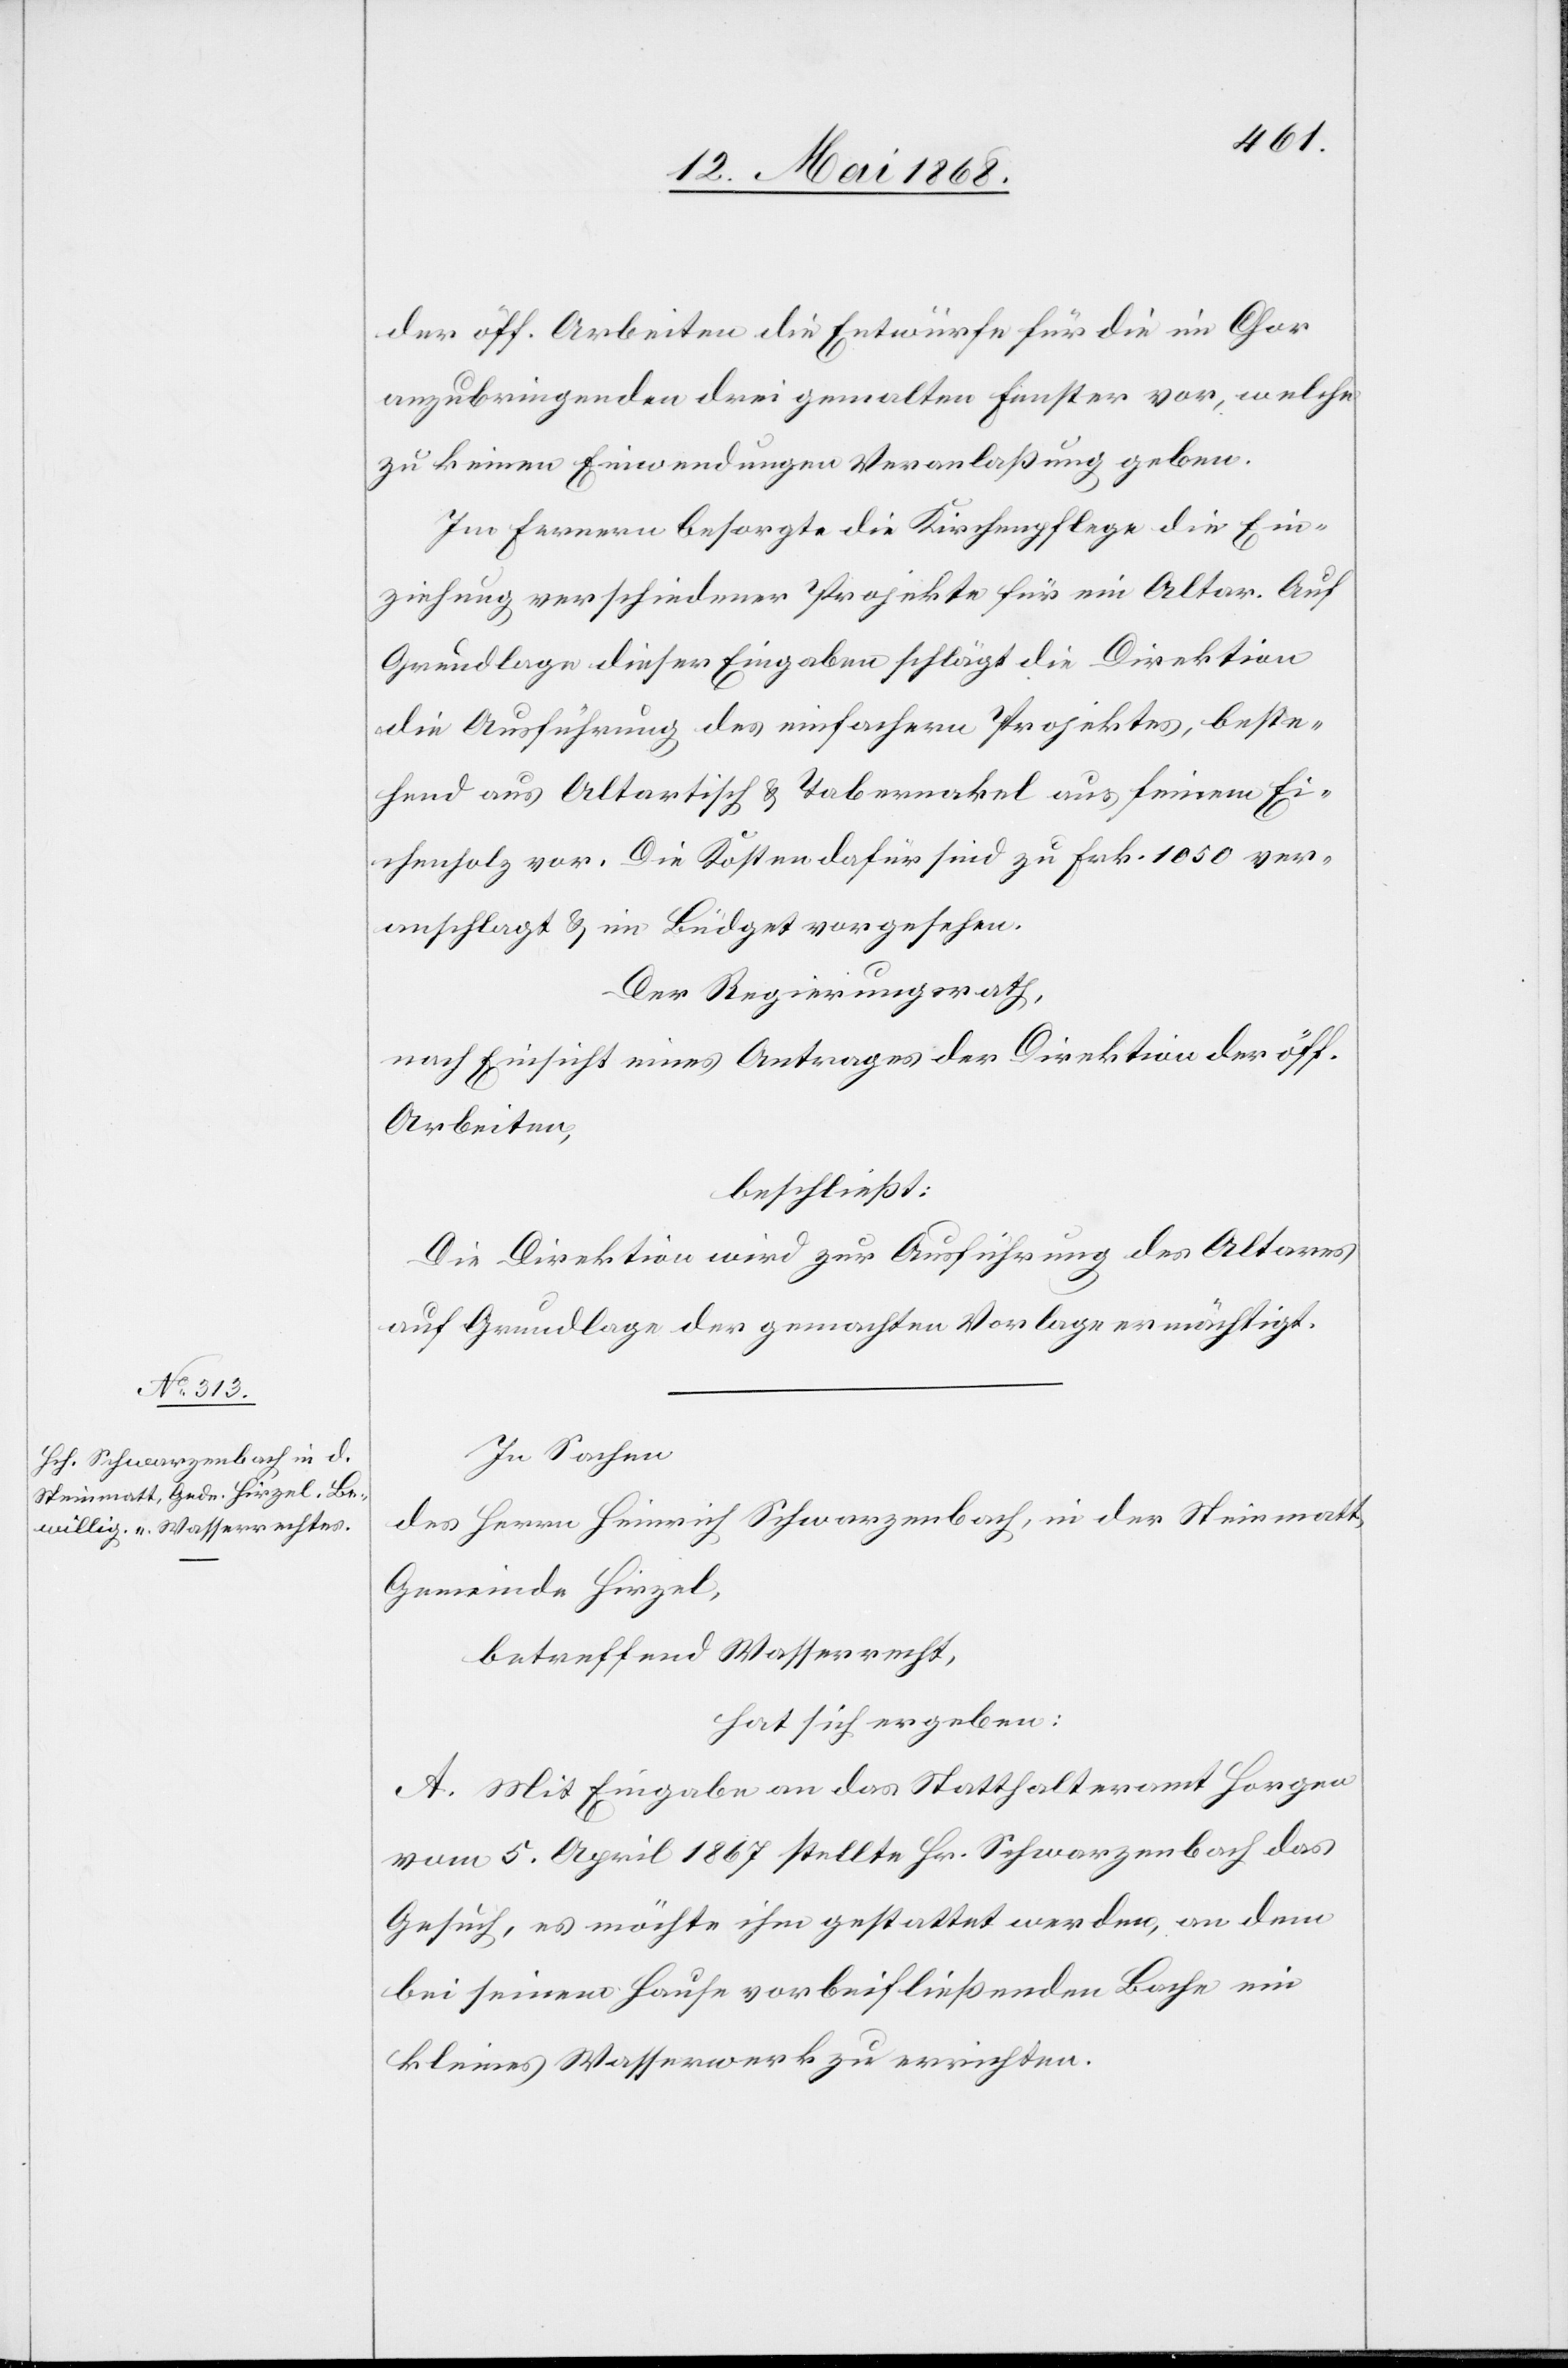
der öff. Arbeiten die Entwürfe für die im Chor
anzubringenden drei gemalten Fenster vor, welche
zu keinen Einwendungen Veranlaßung geben.
Im Fernern besorgte die Kirchenpflege die Ein¬
zeihung verschiedener Projekte für ein Altar. Auf
Grundlage dieser Eingaben schlägt die Direktion
die Ausführung des einfachern Projektes, beste¬
hend aus Altartisch & Tabernakel aus feinem Ei¬
chenholz vor. Die Kosten dafür sind zu Frk. 1050 ver¬
anschlagt & im Büdget vorgesehen.
Der Regierungsrath,
nach Einsicht eines Antrages der Direktion der öff.
Arbeiten,
beschließt:
Die Direktion wird zur Ausführung des Altares
auf Grundlage der gemachten Vorlage ermächtigt.
In Sachen
des Herrn Heinrich Schwarzenbach, in der Steinmatt,
Gemeinde Hirzel,
betreffend Wasserrecht,
hat sich ergeben:
A. Mit Eingabe an das Statthalteramt Horgen
vom 5. April 1867 stellte Hr. Schwarzenbach das
Gesuch, es möchte ihm gestattet werden, an dem
bei seinem Hause vorbeifließenden Bache ein
kleines Wasserwerk zu errichten.